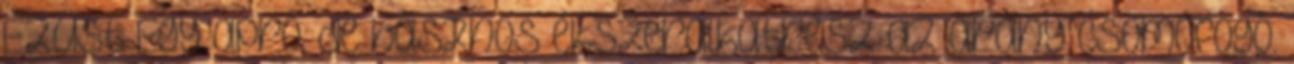
Ezüst Egy apró, de hasznos ékszeralkatrész az arany csomófogó.